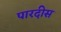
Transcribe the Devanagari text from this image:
पारदीस